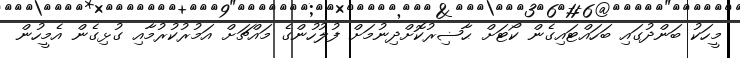
މީހަކު ބަންދުގައި ބަހައްޓައިގެން ކޯޓަށް ޙާޟިރުކޮށްދިނުމަށް ފުލުހުންގެ މައްޗަށް އަމުރުކުރުމާއި ގުޅިގެން އެމީހުން